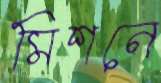
মিশনে